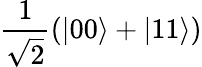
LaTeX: \frac{1}{\sqrt{2}}(|00\rangle+|11\rangle)